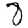
Digit: 8